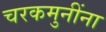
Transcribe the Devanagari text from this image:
चरकमुनींना